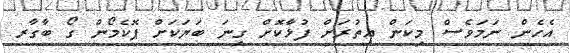
އެހެން ނަމަވެސް މިކަން އިތުރަށް ފުޅާކޮށް ގިނަ ބަޔަކަށް ޕޮކެމޯން ގޯ ބާގާރ